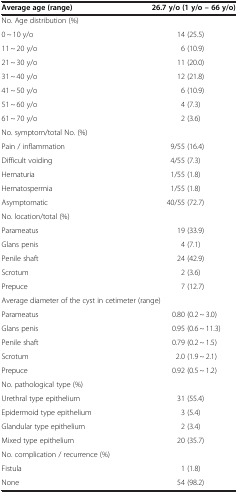
| Average age (range) | 26.7 y/o (1 y/o – 66 y/o) |
 | --- | --- |
 | No. Age distribution (%) |  |
 | 0 ~ 10 y/o | 14 (25.5) |
 | 11 ~ 20 y/o | 6 (10.9) |
 | 21 ~ 30 y/o | 11 (20.0) |
 | 31 ~ 40 y/o | 12 (21.8) |
 | 41 ~ 50 y/o | 6 (10.9) |
 | 51 ~ 60 y/o | 4 (7.3) |
 | 61 ~ 70 y/o | 2 (3.6) |
 | No. symptom/total No. (%) |  |
 | Pain / inflammation | 9/55 (16.4) |
 | Difficult voiding | 4/55 (7.3) |
 | Hematuria | 1/55 (1.8) |
 | Hematospermia | 1/55 (1.8) |
 | Asymptomatic | 40/55 (72.7) |
 | No. location/total (%) |  |
 | Parameatus | 19 (33.9) |
 | Glans penis | 4 (7.1) |
 | Penile shaft | 24 (42.9) |
 | Scrotum | 2 (3.6) |
 | Prepuce | 7 (12.7) |
 | <COLSPAN=2> Average diameter of the cyst in cetimeter (range) |
 | Parameatus | 0.80 (0.2 ~ 3.0) |
 | Glans penis | 0.95 (0.6 ~ 11.3) |
 | Penile shaft | 0.79 (0.2 ~ 1.5) |
 | Scrotum | 2.0 (1.9 ~ 2.1) |
 | Prepuce | 0.92 (0.5 ~ 1.2) |
 | No. pathological type (%) |  |
 | Urethral type epithelium | 31 (55.4) |
 | Epidermoid type epithelium | 3 (5.4) |
 | Glandular type epithelium | 2 (3.4) |
 | Mixed type epithelium | 20 (35.7) |
 | No. complication / recurrence (%) |  |
 | Fistula | 1 (1.8) |
 | None | 54 (98.2) |